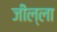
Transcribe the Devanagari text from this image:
जील्ला